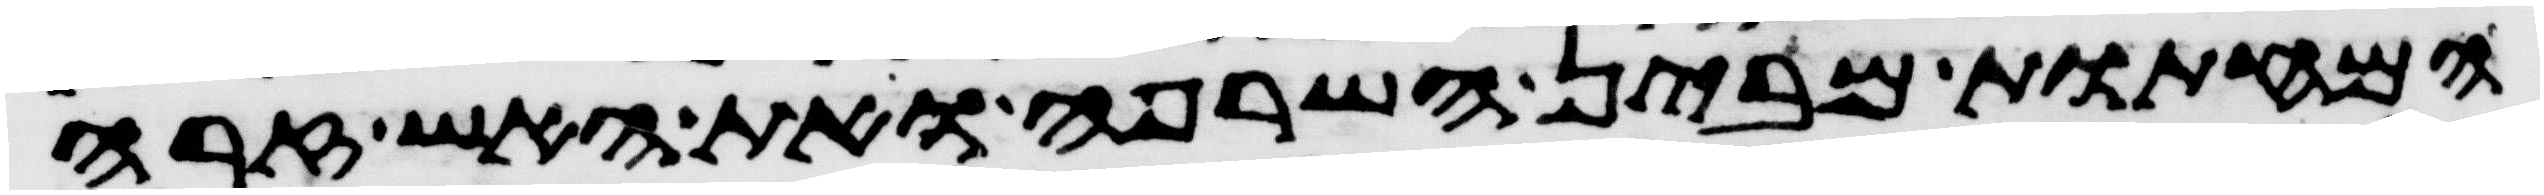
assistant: המחתות מבין השרפה ואת האש זרה